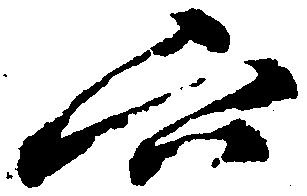
六